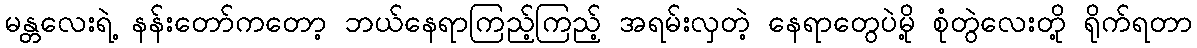
မန္တလေးရဲ့ နန်းတော်ကတော့ ဘယ်နေရာကြည့်ကြည့် အရမ်းလှတဲ့ နေရာတွေပဲမို့ စုံတွဲလေးတို့ ရိုက်ရတာ